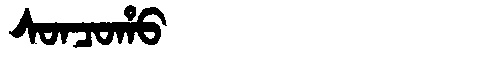
Manchu: ᠰᠣᠨᠴᠣᡥᠣ
Romanization: SONCOHO